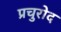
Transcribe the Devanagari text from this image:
प्रचुरोद